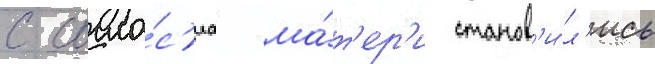
с согла́с'иа ма́т'ер'и станов'и́л'ись